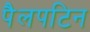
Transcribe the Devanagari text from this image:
पैलपटिन